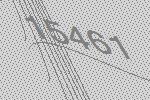
15461